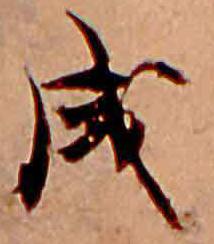
成